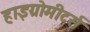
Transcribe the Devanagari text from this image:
हाइग्रोमीटर्स